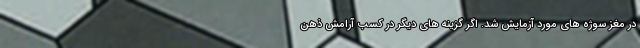
در مغز سوژه های مورد آزمایش شد. اگر گزینه های دیگر در کسب آرامش ذهن